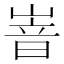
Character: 𡺞